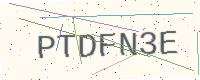
Text: PTDFN3E